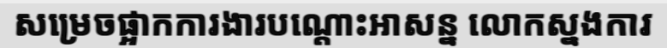
សម្រេចផ្អាកការងារបណ្តោះអាសន្ន លោកស្នងការ